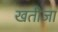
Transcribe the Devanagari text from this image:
खतीजा